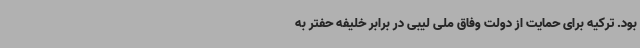
بود. ترکیه برای حمایت از دولت وفاق ملی لیبی در برابر خلیفه حفتر به